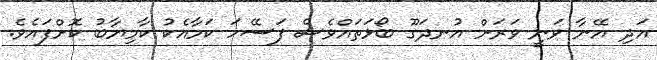
އަދި އޭނާ ވަނީ ވަރަށް އުނދަގޫ ބޯޅަތައްވެސް ފަސޭހަ ކަމާއެކު ކާމިޔާބު ކޮށްފައެވެ.